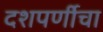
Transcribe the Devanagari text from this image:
दशपर्णीचा